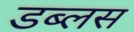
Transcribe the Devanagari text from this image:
डब्लस